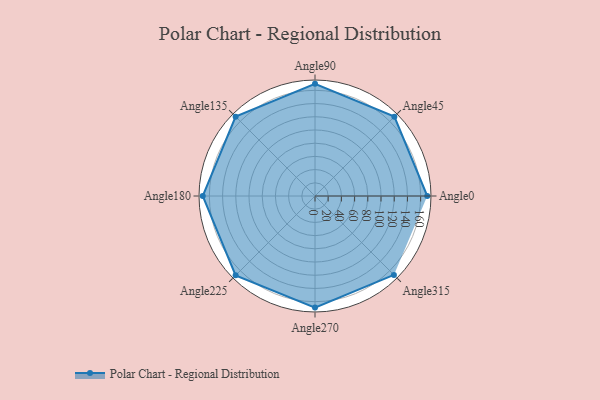
{"axis": {"x": "Angle", "y": "Radius"}, "legend": [""], "data": [{"x": "Angle0", "y": 170, "type": ""}, {"x": "Angle45", "y": 170, "type": ""}, {"x": "Angle90", "y": 170, "type": ""}, {"x": "Angle135", "y": 170, "type": ""}, {"x": "Angle180", "y": 170, "type": ""}, {"x": "Angle225", "y": 170, "type": ""}, {"x": "Angle270", "y": 169.0, "type": ""}, {"x": "Angle315", "y": 169.0, "type": ""}]}